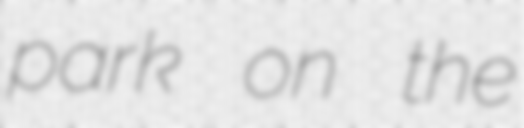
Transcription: park on the